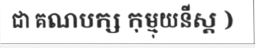
ជា គណបក្ស កុម្មុយនីស្ត )